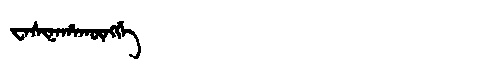
Manchu: ᠸᠠᠰᡳᠨᠠᡥᠠᡴᡡᠩᡤᡝ
Romanization: WASINAHAKŪNGGE